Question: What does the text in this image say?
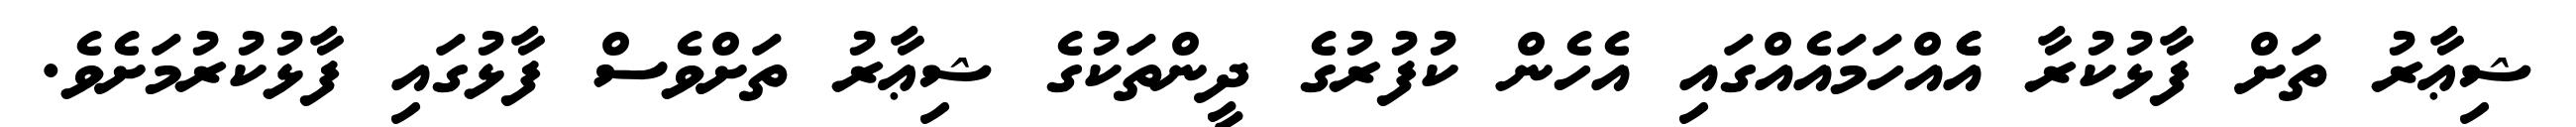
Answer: ޝިޢާރު ތަށް ފާޅުކުރާ އެެއްހަމައެއްގައި އެހެން ކުފުރުގެ ދީންތަކުގެ ޝިޢާރު ތަށްވެސް ފާޅުގައި ފާޅުކުރުމަށެވެ.